Report of the Municipal Commissioner on the plague in Bombay for the year ending 31st May... - Volume 1
Disease focus: Plague
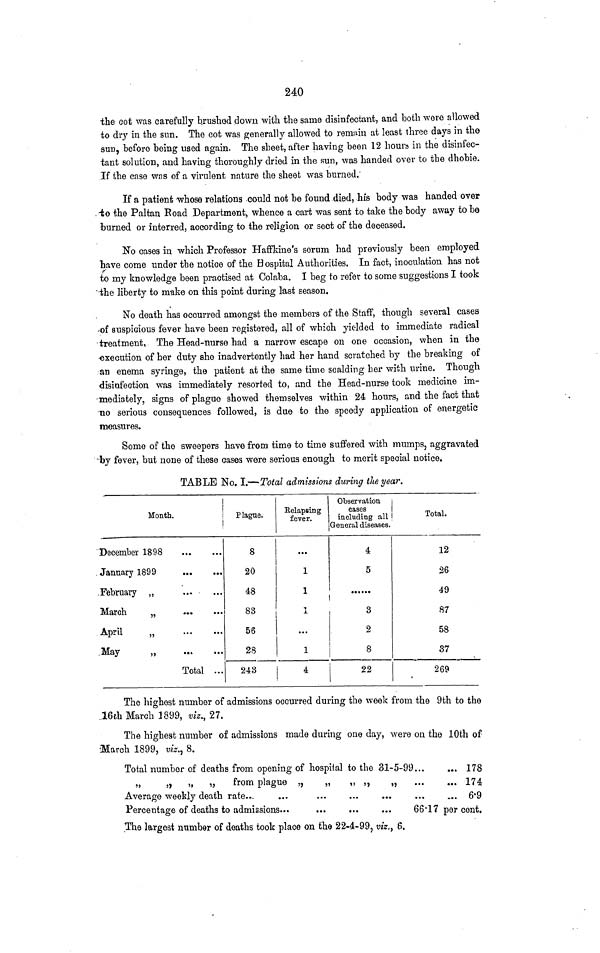
240
the cot was carefully brushod down with the same disinfectant, and both were allowed
to dry in the sun. The cot was generally allowed to remain at least three days in the
sun, before being used again. The sheet, after having been 12 hours in the disinfec-
tant solution, and having thoroughly dried in the sun, was handed over to the dhobie.
If the case was of a virulent nature the sheet was burned.
If a patient whose relations could not be found died, his body was handed over
to the Paitan Road Department, whence a cart was sent to take the body away to be
burned or interred, according to the religion or sect of the deceased.
No cases in which Professor Haffkine's serum had previously been employed
have come under the notice of the Hospital Authorities. In fact, inoculation has not
to my knowledge been practised at Colaba. I beg to refer to some suggestions I took
the liberty to make on this point during last season.
No death has occurred amongst the members of the Staff, though several cases
of suspicious fever have been registered, all of which yielded to immediate radical
treatment, The Head-nurse had a narrow escape on one occasion, when in the
execution of her duty she inadvertently had her hand scratched by the breaking of
an enema syringe, the patient at the same time scalding her with urine. Though
disinfection was immediately resorted to, and the Head-nurse took medicine im-
mediately, signs of plague showed themselves within 24 hours, and the fact that
no serious consequences followed, is due to the speedy application of energetic
measures.
Some of the sweepers have from time to time suffered with mumps, aggravated
by fever, but none of these cases were serious enough to merit special notice.
TABLE No. I.—'Total admissions during the year.
Month.
December 1898
January
1899
February „
March
„
April
„
May
„
Total
Plague.
8
20
48
83
56
28
243
Relapsing
fever.
1
1
1
4
Observation
cases
including all
General diseases.
4
5
3
2
8
22
Total.
12
26
49
87
58
37
269
The highest number of admissions occurred during the week from the 9th to the
16th March 1899, viz., 27.
The highest number of admissions made during one day, were on the 10th of
March 1899, viz., 8.
Total number of deaths from opening of hospital to the
31-5-99
„
„
„
„
from plague „
„
„ „
Average weekly death rate
Percentage of deaths to admissions
„
178
174
6-9
66·17 per cent.
The largest number of deaths took place on the 22-4-99, viz., 6.